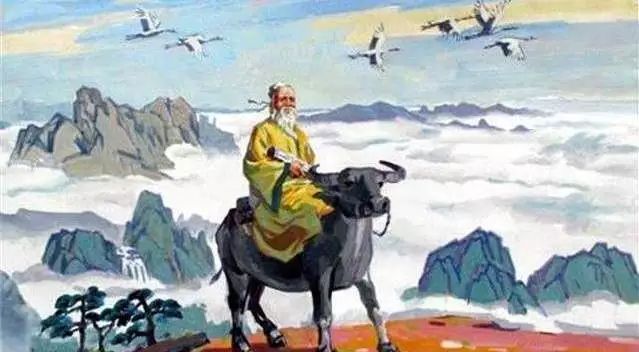
福在积善，祸在积恶。